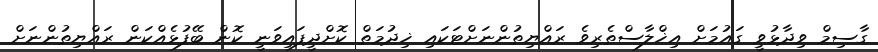
ގާސިމް ވިދާޅުވީ ގައުމަށް އިޚްލާސްތެރިވެ ރައްޔިތުންނަށްޓަކައި ޚިދުމަތް ކޮށްދީފައިވަނީ ކޮން ބޭފުޅެއްކަން ރައްޔިތުންނަށް